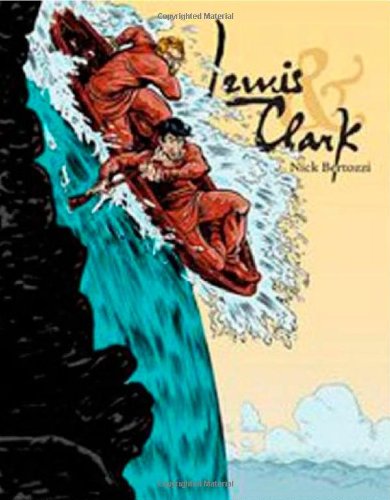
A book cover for Lewis & Clark; Nick Bertozzi; Comics & Graphic Novels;